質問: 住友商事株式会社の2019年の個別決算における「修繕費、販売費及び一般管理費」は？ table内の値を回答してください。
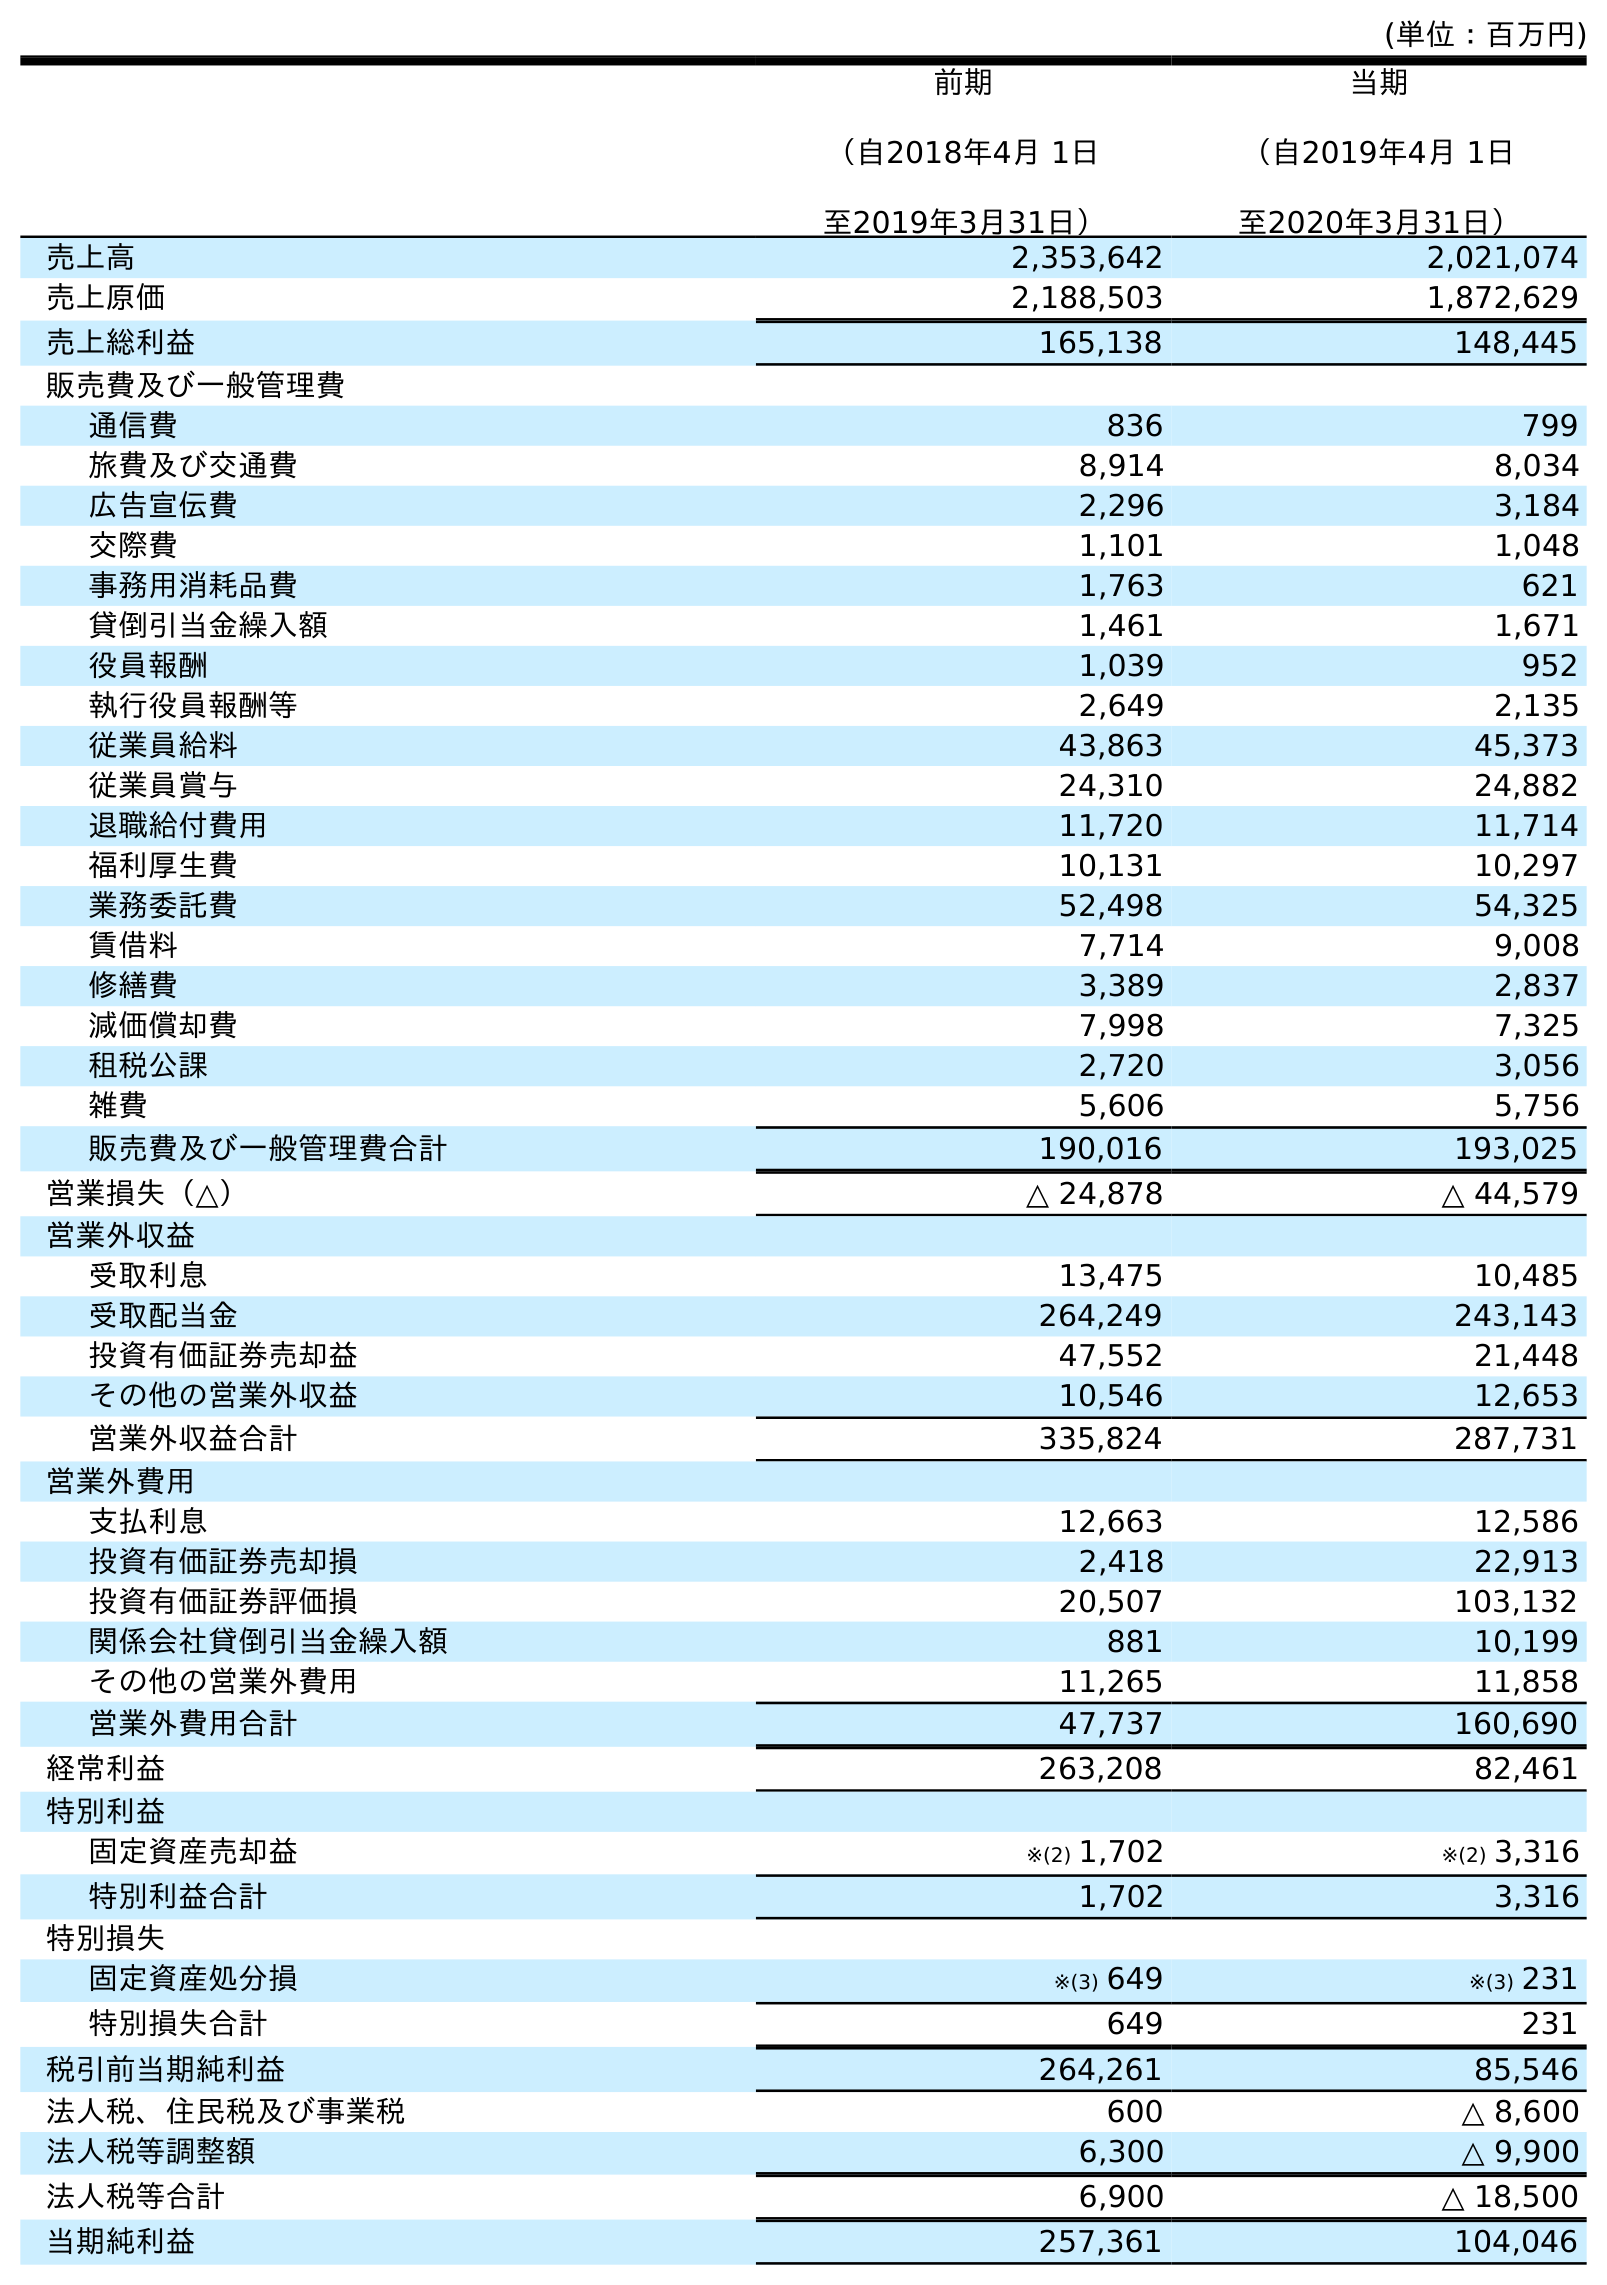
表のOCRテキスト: (単位：百万円) 前期 （自2018年4月 1日 至2019年3月31日） 当期 （自2019年4月 1日 至2020年3月31日） 売上高 2,353,642 2,021,074 売上原価 2,188,503 1,872,629 売上総利益 165,138 148,445 販売費及び一般管理費 通信費 836 799 旅費及び交通費 8,914 8,034 広告宣伝費 2,296 3,184 交際費 1,101 1,048 事務用消耗品費 1,763 621 貸倒引当金繰入額 1,461 1,671 役員報酬 1,039 952 執行役員報酬等 2,649 2,135 従業員給料 43,863 45,373 従業員賞与 24,310 24,882 退職給付費用 11,720 11,714 福利厚生費 10,131 10,297 業務委託費 52,498 54,325 賃借料 7,714 9,008 修繕費 3,389 2,837 減価償却費 7,998 7,325 租税公課 2,720 3,056 雑費 5,606 5,756 販売費及び一般管理費合計 190,016 193,025 営業損失（△） △ 24,878 △ 44,579 営業外収益 受取利息 13,475 10,485 受取配当金 264,249 243,143 投資有価証券売却益 47,552 21,448 その他の営業外収益 10,546 12,653 営業外収益合計 335,824 287,731 営業外費用 支払利息 12,663 12,586 投資有価証券売却損 2,418 22,913 投資有価証券評価損 20,507 103,132 関係会社貸倒引当金繰入額 881 10,199 その他の営業外費用 11,265 11,858 営業外費用合計 47,737 160,690 経常利益 263,208 82,461 特別利益 固定資産売却益 ※(2) 1,702 ※(2) 3,316 特別利益合計 1,702 3,316 特別損失 固定資産処分損 ※(3) 649 ※(3) 231 特別損失合計 649 231 税引前当期純利益 264,261 85,546 法人税、住民税及び事業税 600 △ 8,600 法人税等調整額 6,300 △ 9,900 法人税等合計 6,900 △ 18,500 当期純利益 257,361 104,046
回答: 3,389